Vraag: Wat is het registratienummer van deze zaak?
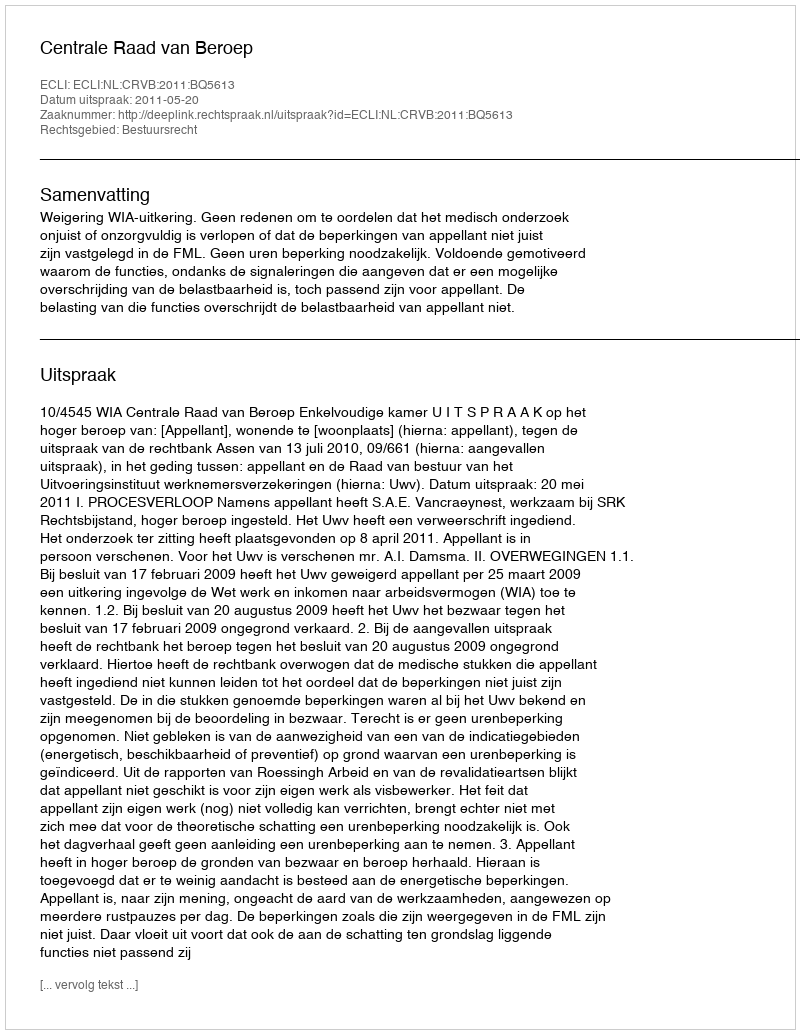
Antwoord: http://deeplink.rechtspraak.nl/uitspraak?id=ECLI:NL:CRVB:2011:BQ5613